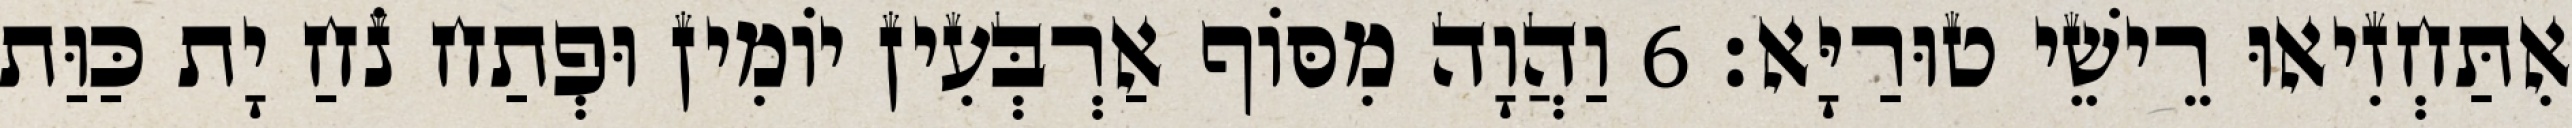
אִתַּחְזִיאוּ רֵישֵׁי טוּרַיָּא׃ 6 וַהֲוָה מִסּוֹף אַרְבְּעִין יוֹמִין וּפְתַח נֹחַ יָת כַּוַּת